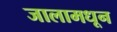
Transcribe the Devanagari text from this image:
जालामधून